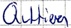
Text: Quttieren